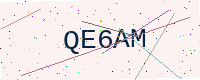
Text: QE6AM